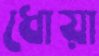
ধোয়া